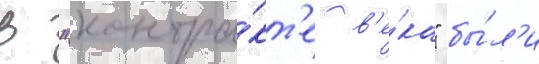
В "контра́кт'е в'е́ка" бы́л'и